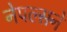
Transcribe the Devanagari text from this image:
नेपल्सने